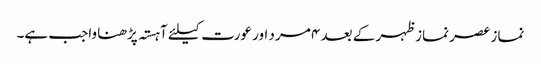
نماز عصر نماز ظہر کے بعد ۴ مرد اور عورت کیلئے آہستہ پڑھنا واجب ہے۔